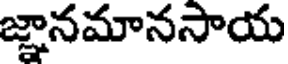
జ్ఞానమానసాయ